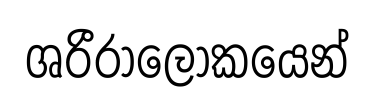
ශරීරාලෝකයෙන්